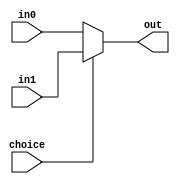
`timescale 1ns / 1ps
//////////////////////////////////////////////////////////////////////////////////
// Company: 
// Engineer: 
// 
// Design Name: 
// Module Name: Mux2
// Project Name: 
// Target Devices: 
// Tool Versions: 
// Description: 
// 
// Dependencies: 
// 
// Revision:
// Revision 0.01 - File Created
// Additional Comments:
// 
//////////////////////////////////////////////////////////////////////////////////


module Mux2 #(
    parameter WIDTH = 32
)(
    input choice,
    input [WIDTH-1:0] in0,
    input [WIDTH-1:0] in1,
    output [WIDTH-1:0] out
);

assign out = (choice == 0)?in0:in1;
endmodule